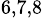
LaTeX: ^{6,7,8}